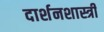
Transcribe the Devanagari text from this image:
दार्शनशास्त्री